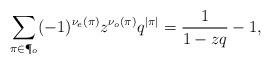
LaTeX: \begin{align*}\sum_{\pi\in\P_o} (-1)^{\nu_e(\pi)}z^{\nu_o(\pi)}q^{|\pi|} = \frac{1}{1-zq} -1,\end{align*}